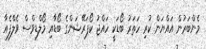
މެންބަރުން އައްޔަން ކުރި ހަތަރު ބޯޑަކީ ހައްޖު ކޯޕަރޭޝަންގެ ބޯޑާއި މޯލްޑިވްސް ވެލްފެއާ